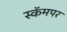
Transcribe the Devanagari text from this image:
स्कॅमपर